Lunatic asylums in Bengal annual reports 1888-1898 - 1888-1898
Year: 1888
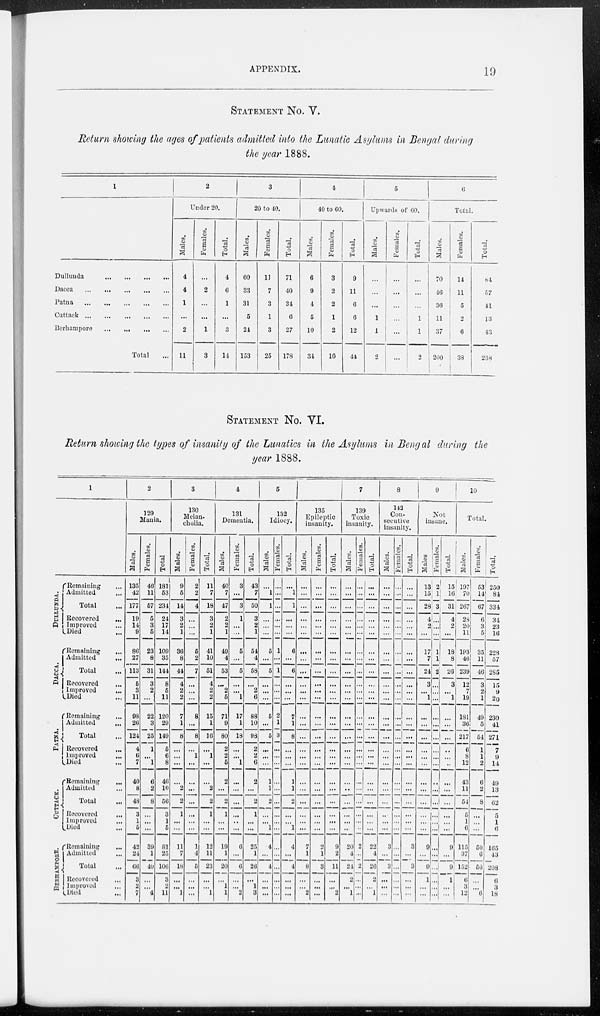
APPENDIX.
19
STATEMENT No. V.
Return showing the ages of patients admitted into the Lunatic Asylums in Bengal during
the year 1888.
1
Dullunda
...
...
...
...
Dacca
...
...
...
...
...
Patna
...
...
...
...
...
Cuttack
...
...
...
...
...
Berhampore
...
...
...
...
Total ...
2
Under 20.
Males.
4
4
1
...
2
11
Females.
...
2
...
...
1
3
Total.
4
6
1
...
3
11
3
20 to 40.
Males.
60
33
31
5
24
153
Females.
11
7
3
1
3
25
Total.
71
40
34
6
27
178
4
40 to 60.
Males.
6
9
4
5
10
34
Females.
3
2
2
1
2
10
Total.
9
11
6
6
12
44
5
Upwards of 60.
Males.
...
...
...
1
1
2
Females.
...
...
...
...
...
...
Total.
...
...
...
1
1
2
6
Total.
Males.
70
46
36
11
37
200
Females.
14
11
5
2
6
38
Total.
84
57
41
13
43
238
STATEMENT No. VI.
Return showing the types of insanity of the Lunatics in the Asylums in Bengal during the
year 1888.
1
DULLUNDA.
DACCA.
PATNA.
CUTTACK.
BERHAMPORE.
Remaining ...
Admitted ...
Total ...
Recovered
...
Improved ...
Died ...
Remaining
...
Admitted
...
Total ...
Recovered ...
Improved ...
Died ...
Remaining ...
Admitted
...
Total ...
Recovered ...
Improved ...
Died ...
Remaining
...
Admitted ...
Total ...
Recovered
...
Improved ...
Died ...
Remaining ...
Admitted ...
Total ...
Recovered ...
Improved ...
Died ...
2
129
Mania.
Males.
135
42
177
19
14
9
86
27
113
5
3
11
98
26
124
4
6
7
40
8
48
3
1
5
42
24
66
3
2
7
Females.
46
11
57
5
3
5
23
8
31
3
2
...
22
3
25
1
...
1
6
2
8
...
...
...
39
1
40
...
...
4
Total
181
53
234
24
17
14
109
35
144
8
5
11
120
29
149
5
6
8
46
10
56
3
1
5
81
25
106
3
2
11
3
130
Melan-
cholia.
Males.
9
5
14
3
2
1
36
8
44
4
2
2
7
1
8
...
...
...
...
2
2
1
...
...
11
7
18
...
...
1
Females.
2
2
4
...
...
...
5
2
7
...
...
...
8
...
8
...
1
...
...
...
...
...
...
...
1
4
5
...
...
...
Total.
11
7
18
3
2
1
41
10
51
4
2
2
15
1
16
...
1
...
...
2
2
1
...
...
12
11
23
...
...
1
4
131
Dementia.
Males.
40
7
47
2
2
1
49
4
53
...
2
5
71
9
80
2
2
5
2
...
2
1
...
...
19
1
20
...
1
1
Females.
3
...
3
1
...
...
5
...
5
...
...
1
17
1
18
...
...
1
...
...
...
...
...
...
6
...
6
...
...
2
Total.
43
7
50
3
2
1
54
4
58
...
2
6
88
10
93
2
2
6
2
...
2
1
...
...
25
1
26
...
1
3
5
132
Idiocy.
Males.
...
1
1
...
...
...
5
...
5
...
...
...
5
...
5
...
...
...
1
1
2
...
... 1
4
...
4
...
...
...
Females.
...
...
...
...
...
...
1
...
1
...
...
...
2
1
3
...
...
...
...
...
...
...
...
...
...
...
...
...
...
...
Total.
...
1
1
...
...
...
6
...
6
...
...
...
7
1
8
...
...
...
1
1
2
...
... 1
4
...
4
...
...
...
6
135
Epileptic
insanity.
Males.
...
...
...
...
...
...
...
...
...
...
...
...
...
...
...
...
...
...
...
...
...
...
...
...
7
1
8
...
...
2
Females.
...
...
...
...
...
...
...
...
...
...
...
...
...
...
...
...
...
...
...
...
...
...
...
...
2
1
3
...
...
...
Total.
...
...
...
...
...
...
...
...
...
...
...
1
...
...
...
...
...
...
...
...
...
...
...
...
9
2
11
...
...
2
7
139
Toxic
insanity.
Males.
...
...
...
...
...
...
...
...
...
...
...
...
...
...
...
...
...
...
...
..
...
...
...
...
20
4
21
2
...
1
Females.
...
...
...
...
...
...
...
...
...
...
...
...
...
...
...
...
...
...
...
...
...
...
...
...
2
...
2
...
...
...
Total.
...
...
...
...
...
...
...
...
...
...
...
...
...
...
...
...
...
...
...
...
...
...
...
...
22
4
26
2
...
1
8
142
Con-
secutive
insanity.
Males.
...
...
...
...
...
...
...
...
...
...
...
...
...
...
...
...
...
...
...
...
...
...
...
...
3
...
3
...
...
...
Females.
...
...
...
...
...
...
...
...
...
...
...
...
...
...
...
...
...
...
...
...
...
...
...
...
...
...
...
...
...
Total.
...
...
...
...
...
...
...
...
...
...
...
...
...
...
...
...
...
...
...
...
...
...
...
...
3
...
3
...
...
...
9
Not
insane.
Males
13
15
28
4
2
...
17
7
24
3
...
1
...
...
...
...
...
...
...
...
...
...
...
...
9
...
9
1
...
...
Females.
2
1
3
...
...
...
1
1
2
...
...
...
...
...
...
...
...
...
...
...
...
...
...
...
...
...
...
...
...
...
Total.
15
16
31
4
2
...
18
8
26
3
...
1
...
...
...
...
...
...
...
...
...
...
...
...
9
...
9
1
...
...
10
Total.
Males.
197
70
267
23
20
11
193
46
239
12
7
19
181
36
217
6
8
12
43
11
54
5
1
6
115
37
152
6
3
12
Females.
53
14
67
6
3
5
35
11
46
3
2
1
49
5
54
1
1
2
6
2
8
...
...
...
50
6
56
...
...
6
Total.
250
84
334
34
23
16
228
57
285
15
9
20
230
41
271
7
9
14
49
13
62
5
1
6
165
43
203
6
3
18